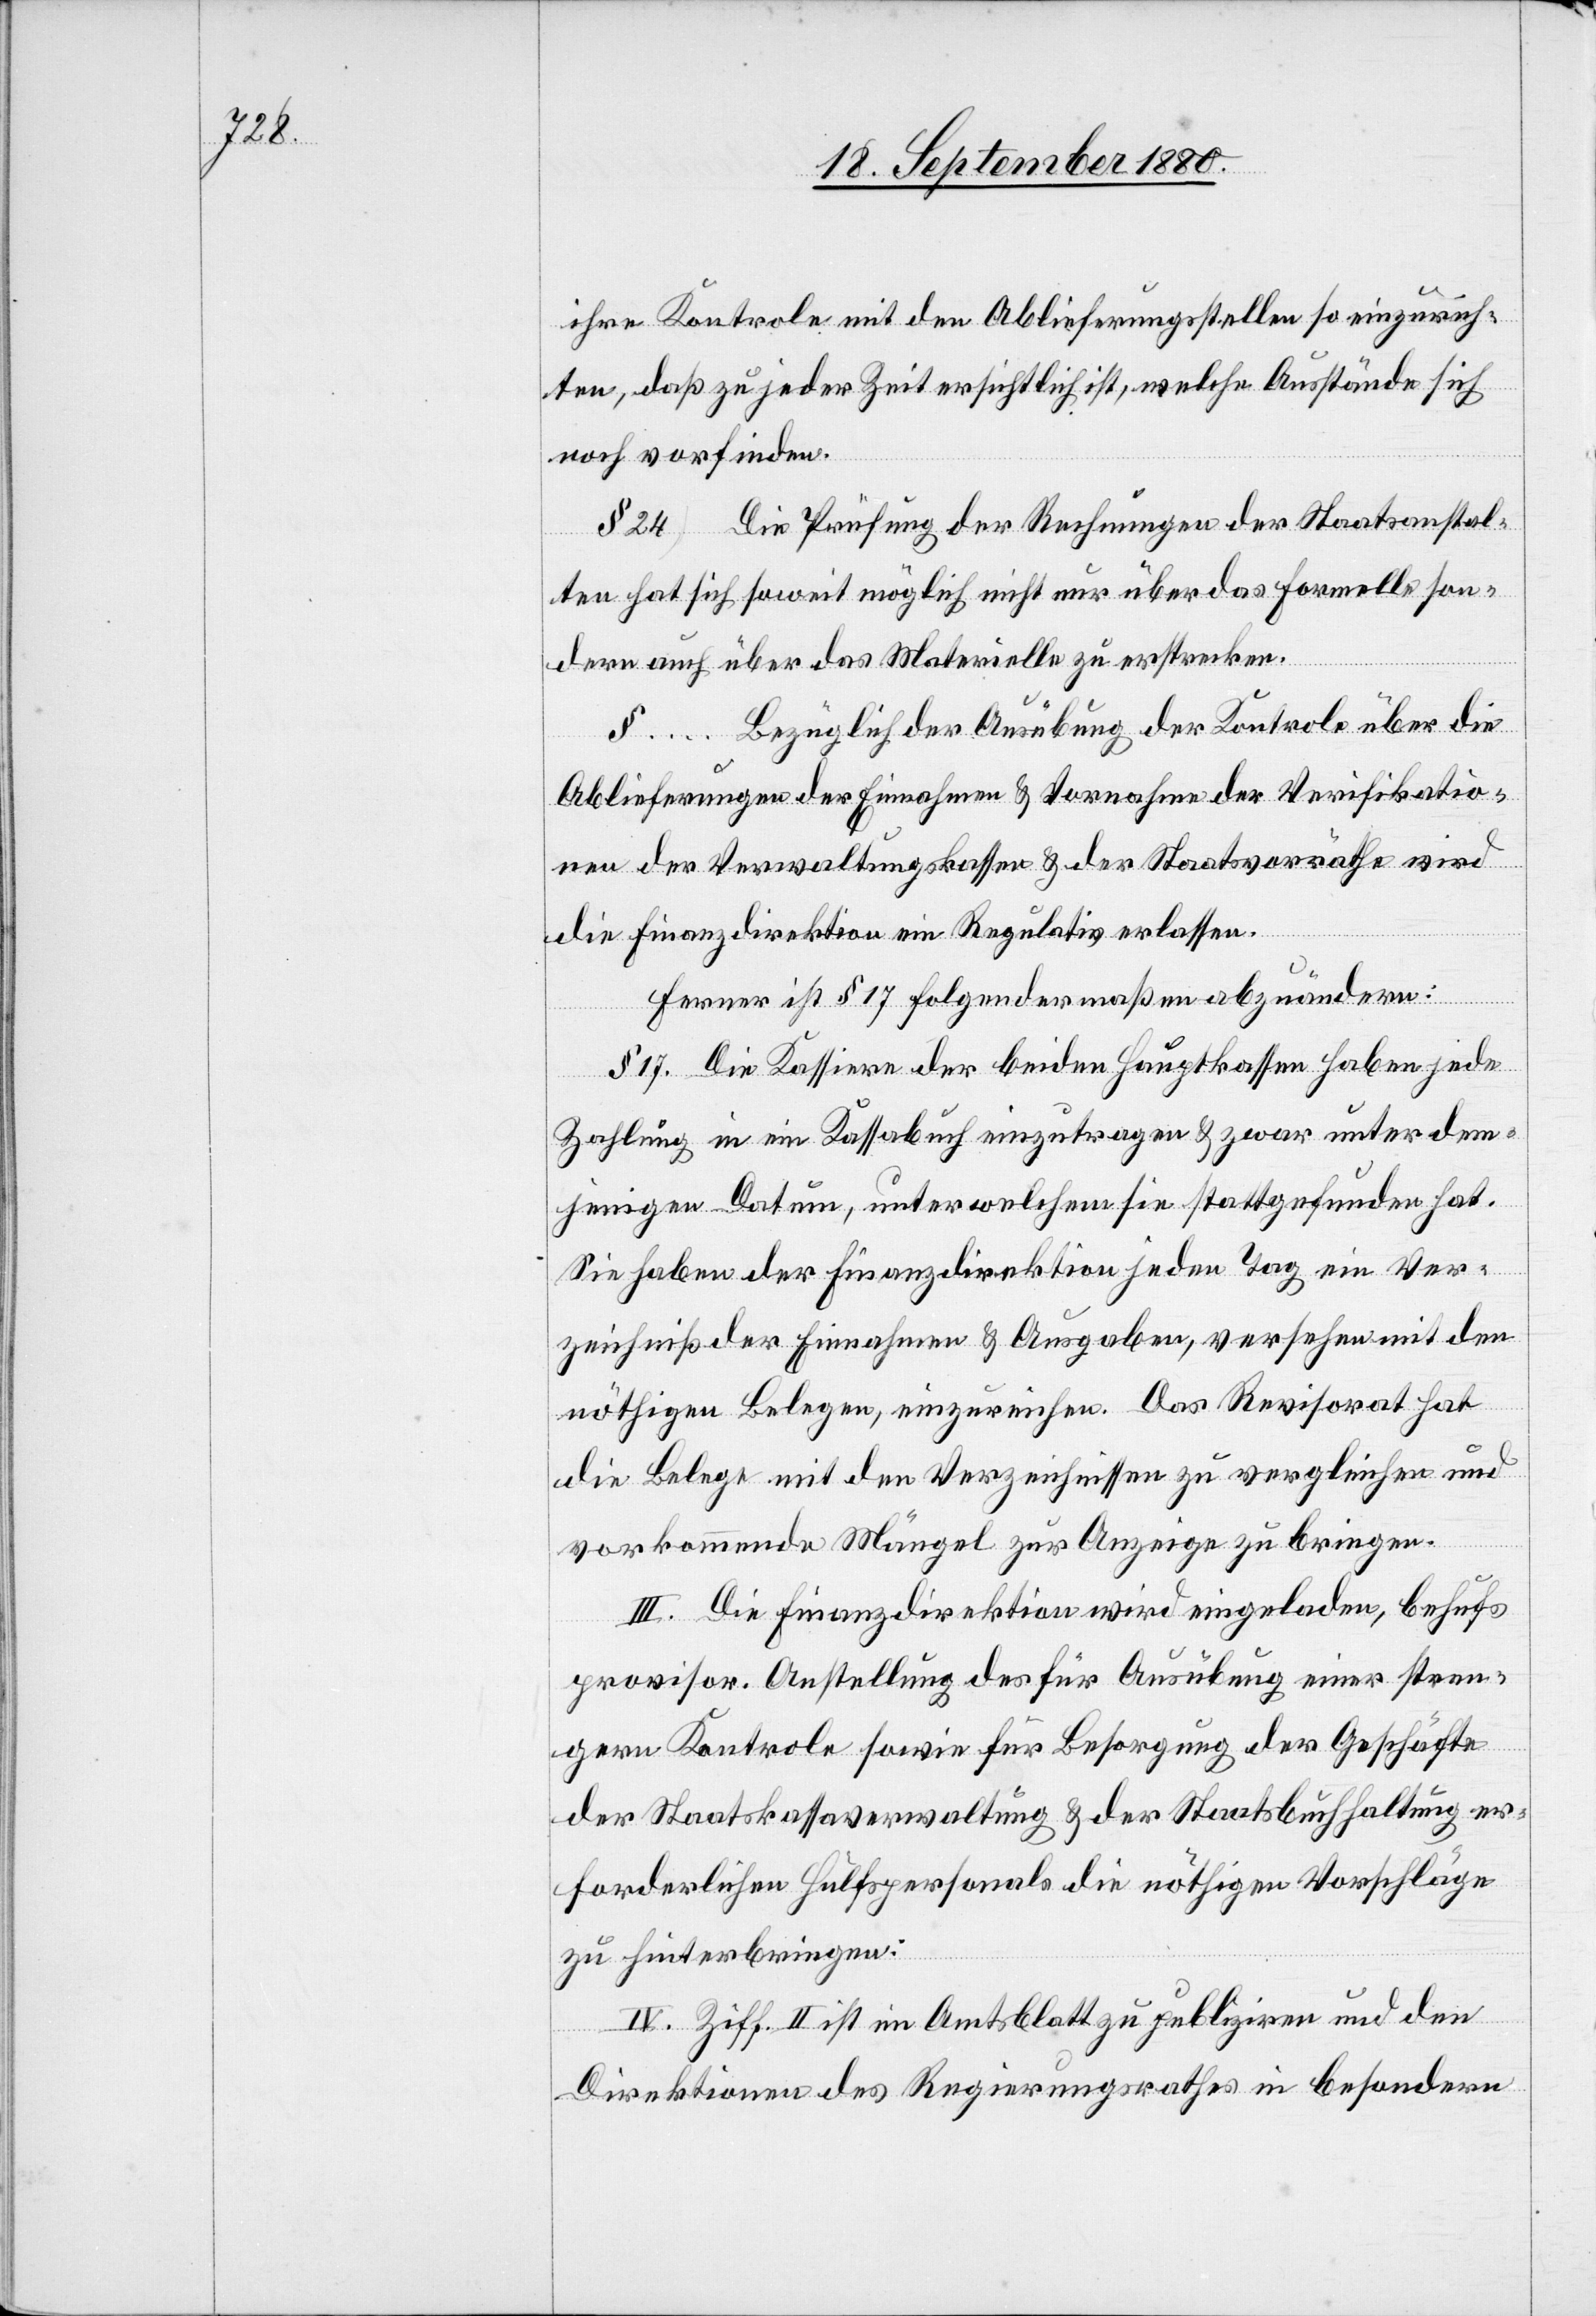
ihre Kontrole mit den Ablieferungsstellen so einzurich¬
ten, daß zu jeder Zeit ersichtlich ist, welche Ausstände sich
noch vorfinden.
§ 24 Die Prüfung der Rechnungen der Staatsanstal¬
ten hat sich soweit möglich nicht nur über das formelle son¬
dern auch über das Materielle zu erstrecken.
… Bezüglich der Ausübung der Kontrole über die
Ablieferungen der Einnahmen & Vornahmen der Verifikato¬
ren der Verwaltungskassen & der Staatsvorräthe wird
die Finanzdirektion ein Regulativ erlassen.
Ferner ist § 17 folgendermaßen abzuändern:
§ 17. Die Kassiere der beiden Hauptkassen haben jede
Zahlung in ein Kassabuch einzutragen & zwar unter dem¬
jenigen Datum, unter welchem sie stattgefunden hat.
Sie haben der Finanzdirektion jeden Tag ein Ver¬
zeichniß der Einnahmen & Ausgaben, versehen mit den
nöthigen Belegen, einzureichen. Das Revisorat hat
die Belege mit den Verzeichnissen zu vergleichen und
vorkommende Mängel zur Anzeige zu bringen.
III. Die Finanzdirektion wird eingeladen, behufs
provisor. Anstellung des für Ausübung einer stren¬
gern Kontrole sowie für Besorgung der Geschäfte
der Staatskassaverwaltung & der Staatbuchhaltung er¬
forderlichen Hülfspersonals die nöthigen Vorschläge
zu hinterbringen.
IV. Ziff. II ist im Amtsblatt zu publiziren und den
Direktionen des Regierungsrathes in besondern